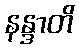
နန္ဒာတိ